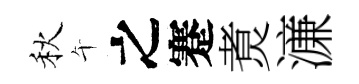
秋午之蹇煑濓